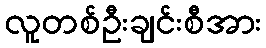
လူတစ်ဦးချင်းစီအား